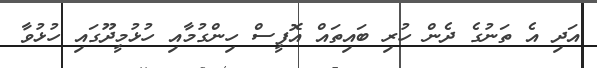
އަދި އެ ތަނުގެ ދެން ހުރި ބައިތައް އޮފީސް ހިންގުމާއި ހުޅުމީދޫގައި ހުޅުވާ